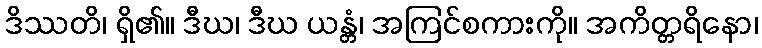
ဒိဿတိ၊ ရှိ၏။ ဒီဃ၊ ဒီဃ ယန္တံ၊ အကြင်စကားကို။ အကိတ္တရိနော၊